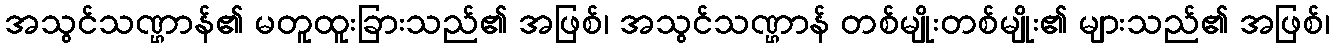
အသွင်သဏ္ဌာန်၏ မတူထူးခြားသည်၏ အဖြစ်၊ အသွင်သဏ္ဌာန် တစ်မျိုးတစ်မျိုး၏ များသည်၏ အဖြစ်၊